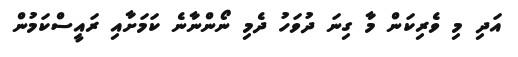
އަދި މި ވެރިކަން މާ ގިނަ ދުވަހު ދެމި ނޯންނާނެ ކަމަށާއި ރައީސްކަމުން